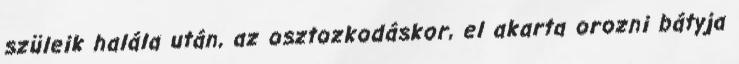
szüleik halála után, az osztozkodáskor, el akarta orozni bátyja